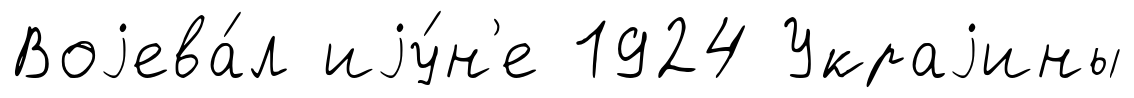
Воjева́л иjу́н'е 1924 Украjины